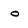
Character: O